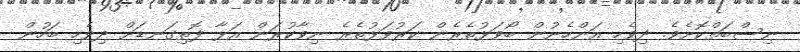
ނިސްބަތްކޮށެވެ. ދިވެހި އަންހެނުން ބޯވަޅުތެރެން ކަރުވަޅުތެރެ ނިވާކުރަން އަޅާ ފޮތިގަނޑަށް ދިވެހި ބަހުން